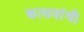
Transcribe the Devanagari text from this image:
कासवांची